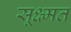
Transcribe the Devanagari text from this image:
सूक्ष्मत